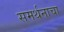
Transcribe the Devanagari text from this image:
समर्थनाचा